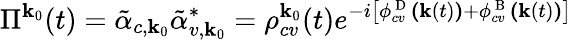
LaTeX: \Pi^{\textbf{k}_{0}}(t)=\tilde{\alpha}_{c,\textbf{k}_{0}}\tilde{\alpha}_{v,\textbf{k}_{0}}^{*}=\rho_{cv}^{\textbf{k}_{0}}(t)e^{-i\left[\phi_{cv}^{\mathrm{~D~}}\textbf{(}\textbf{k}(t)\textbf{)}+\phi_{cv}^{\mathrm{~B~}}\textbf{(}\textbf{k}(t)\textbf{)}\right]}